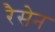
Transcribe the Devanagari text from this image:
रैसेन